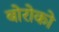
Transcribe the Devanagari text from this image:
बोरोको